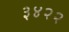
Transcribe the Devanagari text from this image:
३४२२